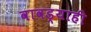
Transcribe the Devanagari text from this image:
वावड्याही